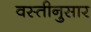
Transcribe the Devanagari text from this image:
वस्तीनुसार